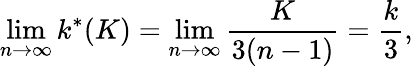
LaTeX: \operatorname*{lim}_{n\rightarrow\infty}k^{*}(K)=\operatorname*{lim}_{n\rightarrow\infty}\frac{K}{3(n-1)}=\frac{k}{3},